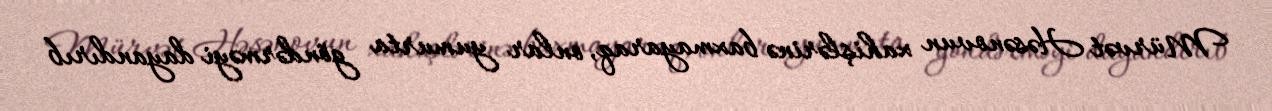
Mürvət Həsənovun xahişlərinə baxmayaraq, onlar yumurta göndərməyi dayandırıb